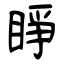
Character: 睜